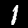
Digit: 1